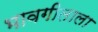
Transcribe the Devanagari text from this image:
भावगीताला